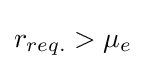
r_{req.}>\mu _{e}